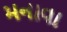
મનાવા